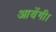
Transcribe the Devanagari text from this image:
आयेंगी।